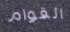
القوام